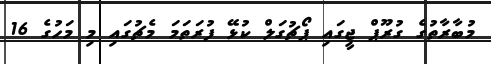
މުބާރާތުގެ ގުރޫޕް ޖީގައި ޕޯޗުގަލް ކުޅޭ ފުރަތަމަ މެޗުގައި މި މަހުގެ 16